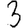
Digit: 3